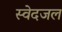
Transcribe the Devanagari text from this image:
स्वेदजल